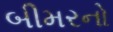
બીમરનો